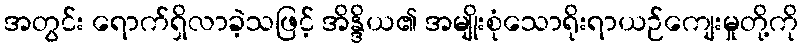
အတွင်း ရောက်ရှိလာခဲ့သဖြင့် အိန္ဒိယ၏ အမျိုးစုံသောရိုးရာယဉ်ကျေးမှုတို့ကို